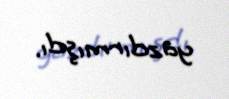
yazdırmışdı.